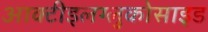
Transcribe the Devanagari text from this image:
आक्टीइलग्लुकोसाइड